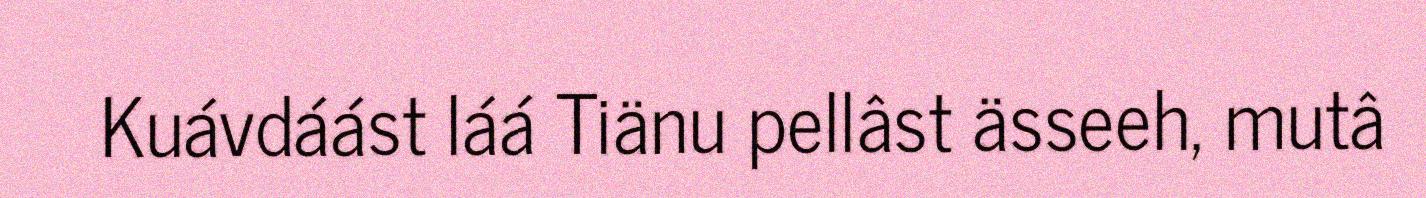
Kuávdáást láá Tiänu pellâst ässeeh, mutâ